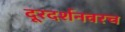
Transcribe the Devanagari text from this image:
दूरदर्शनवरच